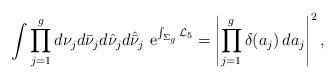
LaTeX: \begin{align*}\int\prod_{j=1}^gd\nu_jd\bar\nu_jd\hat\nu_jd\hat{\bar \nu}_j\,\,{\rm e}^{\int_{\Sigma_g}{\cal L}_5}=\left|\prod_{j=1}^g\delta(a_j)\,da_j\right|^2,\end{align*}